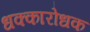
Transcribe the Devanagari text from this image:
धक्कारोधक